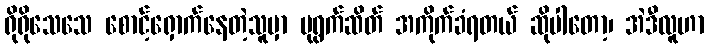
ရိုရိုသေသေ စောင့်ရှောက်နေတဲ့သူမှာ ပုရွက်ဆိတ် အကိုက်ခံရတယ် ဆိုပါတော့၊ အဲဒီလူဟာ